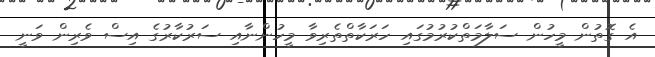
އެ ގޮތުން މީހުން ސަލާމަތްކުރުމުގައި ހަރަކާތްތެރިވާ މީހުންނާއި ސަރުކާރުގެ އިސް ވެރިން ވަނީ